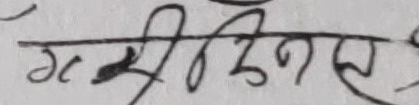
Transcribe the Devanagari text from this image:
गम्भीरस